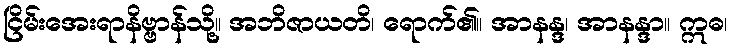
ငြိမ်းအေးရာနိဗ္ဗာန်သို့။ အဘိဇာယတိ၊ ရောက်၏။ အာနန္ဒ၊ အာနန္ဒာ။ ဣဓ၊